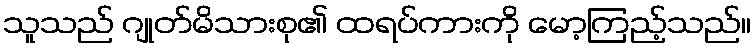
သူသည် ဂျုတ်မိသားစု၏ ထရပ်ကားကို မော့ကြည့်သည်။